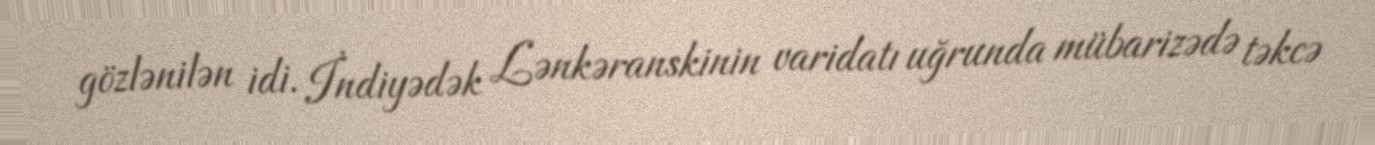
gözlənilən idi. İndiyədək Lənkəranskinin varidatı uğrunda mübarizədə təkcə